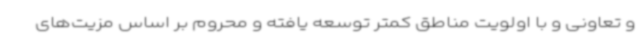
و تعاونی و با اولویت مناطق کمتر توسعه یافته و محروم بر اساس مزیت‌های